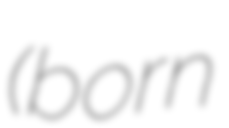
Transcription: (born